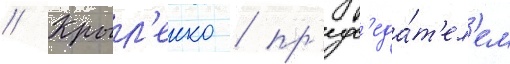
// Крыл'енко / пр'едс'еда́т'ел'ем